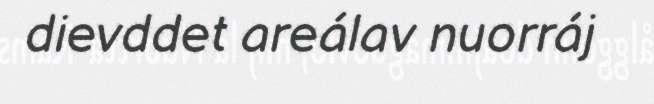
dievddet areálav nuorráj